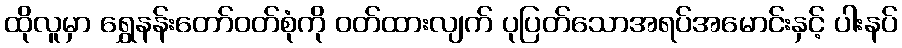
ထိုလူမှာ ရွှေနန်းတော်ဝတ်စုံကို ဝတ်ထားလျက် ပုပြတ်သောအရပ်အမောင်းနှင့် ပါးနပ်